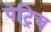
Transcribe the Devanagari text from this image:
पेट्रिच